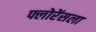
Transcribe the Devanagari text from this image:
फ्लोरेंसला